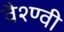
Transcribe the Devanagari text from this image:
वैश्ण्वी